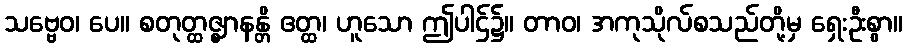
သဗ္ဗေဝ၊ ပေ။ စတုတ္ထဇ္ဈာနန္တိ ဧတ္ထ၊ ဟူသော ဤပါဌ်၌။ တာဝ၊ အကုသိုလ်စသည်တို့မှ ရှေးဦးစွာ။